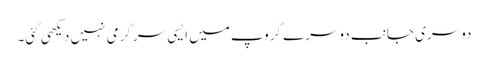
دوسری جانب دوسرے گروپ میں ایسی سرگرمی نہیں دیکھی گئی۔